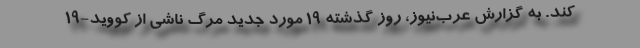
کند. به گزارش عرب‌نیوز، روز گذشته ۱۹ مورد جدید مرگ ناشی از کووید-۱۹